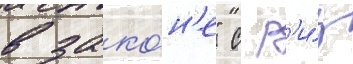
в зако́н'е" с р'и́з